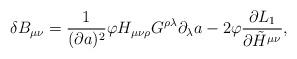
LaTeX: \begin{align*}\delta B_{\mu\nu} = {1 \over (\partial a)^2} \varphi H_{\mu\nu\rho}G^{\rho\lambda} \partial_{\lambda} a - 2 \varphi {\partial L_1 \over\partial \tilde H^{\mu\nu} },\end{align*}